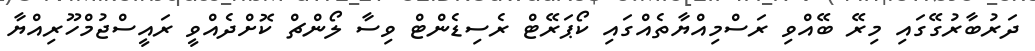
ދަރުބާރުގޭގައި މިރޭ ބޭއްވި ރަސްމިއްޔާތެއްގައި ކޯޕަރޭޓް ރެސިޑެންޓް ވިސާ ލޯންޗް ކޮށްދެއްވީ ރައީސްޖުމްހޫރިއްޔާ